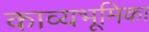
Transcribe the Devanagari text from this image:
काव्यभूमिका